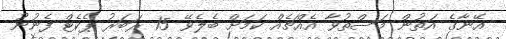
އޭނާގެ އަތުން މަސްތުވާ އެއްޗެއް ކަމަށް ބެލެވޭ 15 ރަބަރު ޕެކެޓް ފެނުނު